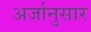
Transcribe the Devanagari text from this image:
अर्जानुसार